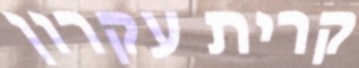
קרית עקרון